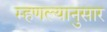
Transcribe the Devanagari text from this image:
म्हणल्यानुसार